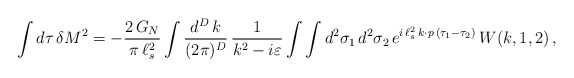
\begin{align*}\int d\tau \, \delta M^2 = - \frac{2 \, G_N}{\pi \, \ell_s^2} \int\frac{d^D \, k}{(2\pi)^D} \, \frac{1}{k^2 - i \varepsilon} \int \int d^2 \sigma_1 \, d^2 \sigma_2 \, e^{i \, \ell_s^2 \, k \cdot p \, (\tau_1 -\tau_2)} \, W (k,1,2) \, , \end{align*}